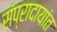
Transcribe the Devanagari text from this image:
संप्रादायांत